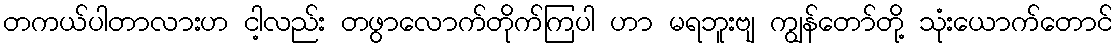
တကယ်ပါတာလားဟ ငါ့လည်း တဖွာလောက်တိုက်ကြပါ ဟာ မရဘူးဗျ ကျွန်တော်တို့ သုံးယောက်တောင်